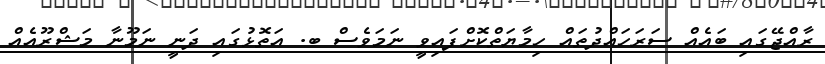
ރާއްޖޭގައި ބައެއް ސަރަހައްދުތައް ހިމާޔަތްކޮށްފައިވީ ނަމަވެސް ބ. އަތޮޅުގައި ދަނީ ނަމޫނާ މަޝްރޫއެއް